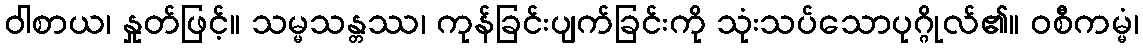
ဝါစာယ၊ နှုတ်ဖြင့်။ သမ္မသန္တဿ၊ ကုန်ခြင်းပျက်ခြင်းကို သုံးသပ်သောပုဂ္ဂိုလ်၏။ ဝစီကမ္မံ၊